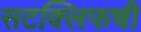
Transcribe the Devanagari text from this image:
सटक्लिफची